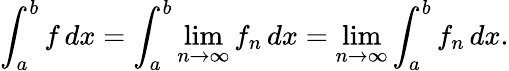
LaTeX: \int_{a}^{b}f\, dx=\int_{a}^{b}{\operatorname*{lim}_{n\to\infty}{f_{n}}\, dx}=\operatorname*{lim}_{n\to\infty}\int_{a}^{b}f_{n}\, dx.